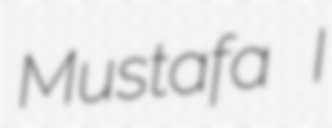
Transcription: Mustafa I